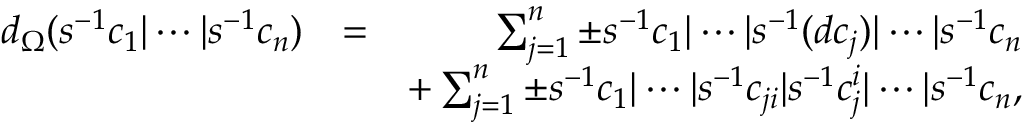
\begin{array} { r l r } { d _ { \Omega } ( s ^ { - 1 } c _ { 1 } \vert \cdots \vert s ^ { - 1 } c _ { n } ) } & { = } & { \sum _ { j = 1 } ^ { n } \pm s ^ { - 1 } c _ { 1 } \vert \cdots \vert s ^ { - 1 } ( d c _ { j } ) \vert \cdots \vert s ^ { - 1 } c _ { n } } \\ & { } & { + \sum _ { j = 1 } ^ { n } \pm s ^ { - 1 } c _ { 1 } \vert \cdots \vert s ^ { - 1 } c _ { j i } \vert s ^ { - 1 } c _ { j } ^ { i } \vert \cdots \vert s ^ { - 1 } c _ { n } , } \end{array}